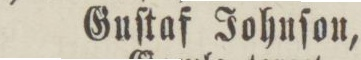
Guſtaf Johnſon,